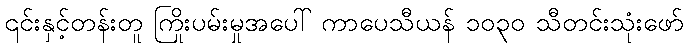
၎င်းနှင့်တန်းတူ ကြိုးပမ်းမှုအပေါ် ကာပေသီယန် ၁၀၃၀ သီတင်းသုံးဖော်